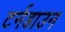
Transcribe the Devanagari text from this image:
टर्नडाउन